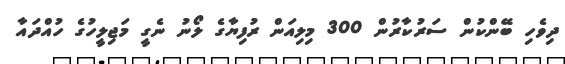
ދިވެހި ބޭންކުން ސަރުކާރުން 300 މިލިއަން ރުފިޔާގެ ލޯނު ނެގީ މަޖިލީހުގެ ހުއްދައާ